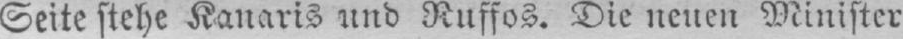
Seite stehe Kanaris und Ruffos. Die neuen Minister